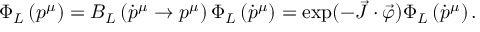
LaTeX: \Phi _ { L } \left( p ^ { \mu } \right) = B _ { L } \left( \dot { p } ^ { \mu } \to p ^ { \mu } \right) \Phi _ { L } \left( \dot { p } ^ { \mu } \right) = \exp ( - \vec { J } \cdot \vec { \varphi } ) \Phi _ { L } \left( \dot { p } ^ { \mu } \right) .